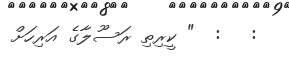
:   :  " ކީރިތި ރަސޫލާގެ އަރިހަށް